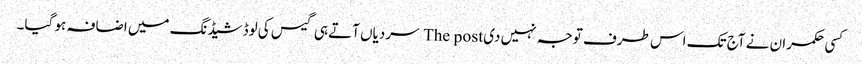
کسی حکمران نے آج تک اس طرف توجہ نہیں دی The post سردیاں آتے ہی گیس کی لوڈشیڈنگ میں اضافہ ہو گیا۔